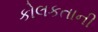
કોલકતાની